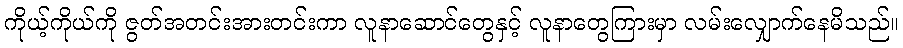
ကိုယ့်ကိုယ်ကို ဇွတ်အတင်းအားတင်းကာ လူနာဆောင်တွေနှင့် လူနာတွေကြားမှာ လမ်းလျှောက်နေမိသည်။